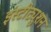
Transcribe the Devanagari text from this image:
इंस्टीट्युशन